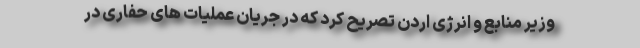
وزیر منابع و انرژی اردن تصریح کرد که در جریان عملیات های حفاری در